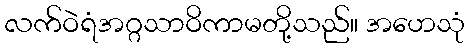
လက်ဝဲရံအဂ္ဂသာဝိကာမတို့သည်။ အဟေသုံ